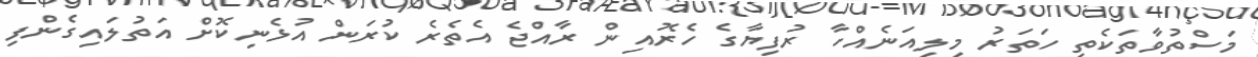
މަސްތުވާތަކެތި ހަތަރު މިލިއަނެއްހާ ރުފިޔާގެ ހެރޮއިން ރާއްޖެ އެތެރެ ކުރަން އުޅެނިކޮށް އަތުލައިގެންފި